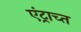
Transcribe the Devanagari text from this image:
एंट्राच्त